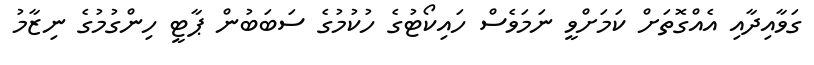
ގަވާއިދާއި އެއްގޮތަށް ކަމަށްވީ ނަމަވެސް ހައިކޯޓުގެ ހުކުމުގެ ސަބަބުން ޕާޓީ ހިންގުމުގެ ނިޒާމު